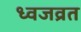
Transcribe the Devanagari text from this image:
ध्वजव्रत